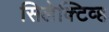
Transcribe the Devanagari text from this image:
सिलेक्टिव्ह